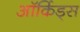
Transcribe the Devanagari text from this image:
ऑर्किड्‌स